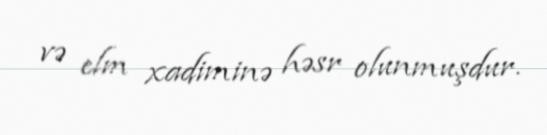
və elm xadiminə həsr olunmuşdur.